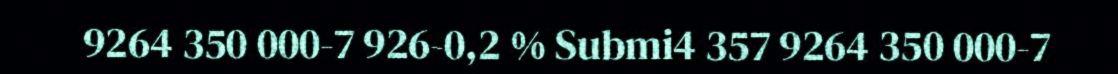
9264 350 000-7 926-0,2 % Submi4 357 9264 350 000-7